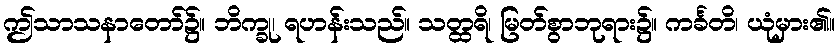
ဤသာသနာတော်၌။ ဘိက္ခု၊ ရဟန်းသည်။ သတ္ထရိ၊ မြတ်စွာဘုရား၌။ ကင်္ခတိ၊ ယုံမှား၏။